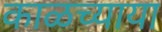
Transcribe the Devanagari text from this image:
काळच्याया